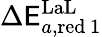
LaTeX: \Delta\mathsf{E}_{a,\mathrm{{red}}\, 1}^{\mathrm{{LaL}}}